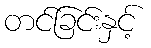
တင်ခြင်းနှင့်